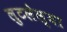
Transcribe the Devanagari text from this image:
लुटलेल्या